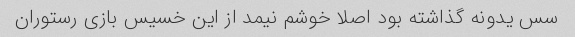
سس یدونه گذاشته بود اصلا خوشم نیمد از این خسیس بازی رستوران